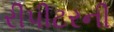
રીપીટરની